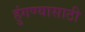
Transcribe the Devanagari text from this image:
हुंगण्यासाठी